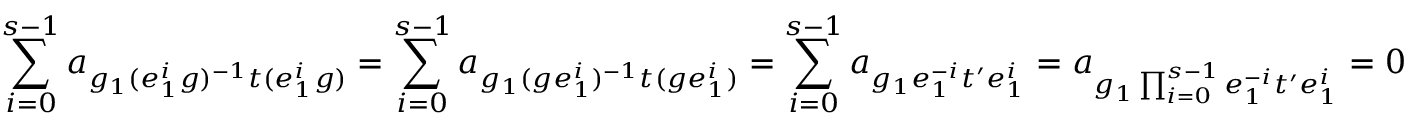
\sum _ { i = 0 } ^ { s - 1 } a _ { g _ { 1 } ( e _ { 1 } ^ { i } g ) ^ { - 1 } t ( e _ { 1 } ^ { i } g ) } = \sum _ { i = 0 } ^ { s - 1 } a _ { g _ { 1 } ( g e _ { 1 } ^ { i } ) ^ { - 1 } t ( g e _ { 1 } ^ { i } ) } = \sum _ { i = 0 } ^ { s - 1 } a _ { g _ { 1 } e _ { 1 } ^ { - i } t ^ { \prime } e _ { 1 } ^ { i } } = a _ { g _ { 1 } \prod _ { i = 0 } ^ { s - 1 } e _ { 1 } ^ { - i } t ^ { \prime } e _ { 1 } ^ { i } } = 0